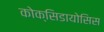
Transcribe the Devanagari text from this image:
कोक्सिडायोसिस